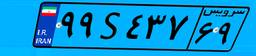
۴۱S۷۹۰۹۸